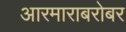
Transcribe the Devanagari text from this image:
आरमाराबरोबर